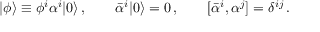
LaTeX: | \phi \rangle \equiv \phi ^ { i } \alpha ^ { i } | 0 \rangle \, , \qquad \bar { \alpha } ^ { i } | 0 \rangle = 0 \, , \qquad [ \bar { \alpha } ^ { i } , \alpha ^ { j } ] = \delta ^ { i j } \, .